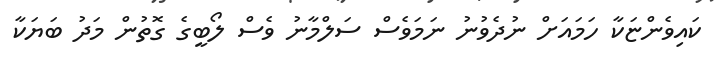
ކައިވެންޏަކާ ހަމައަށް ނުދެވުނު ނަމަވެސް ސަލްމާނު ވެސް ލޯބީގެ ގޮތުން މަދު ބަޔަކާ